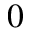
0